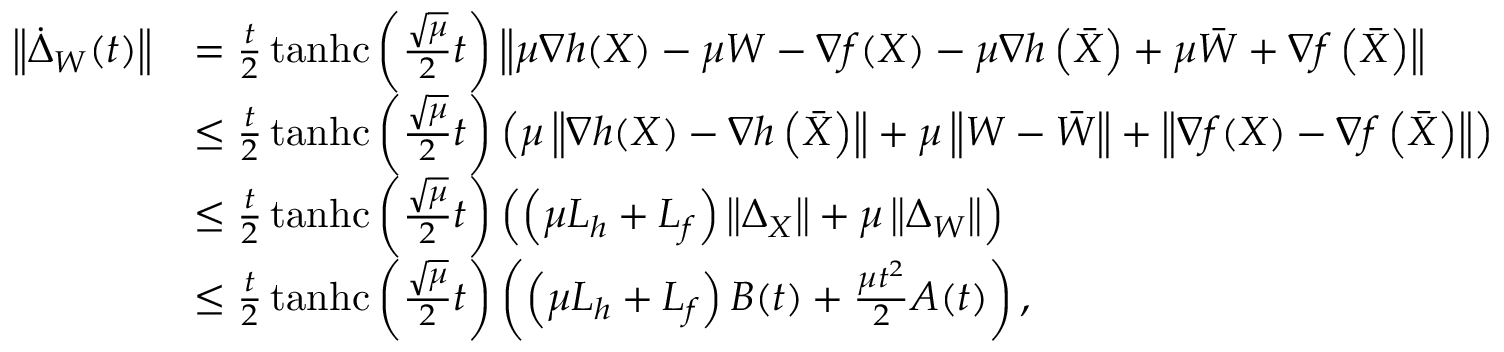
\begin{array} { r l } { \left\Vert \dot { \Delta } _ { W } ( t ) \right\Vert } & { = \frac { t } { 2 } \operatorname { t a n h c } \left( \frac { \sqrt { \mu } } { 2 } t \right) \left\Vert \mu \nabla h ( X ) - \mu W - \nabla f ( X ) - \mu \nabla h \left( \bar { X } \right) + \mu \bar { W } + \nabla f \left( \bar { X } \right) \right\Vert } \\ & { \leq \frac { t } { 2 } \operatorname { t a n h c } \left( \frac { \sqrt { \mu } } { 2 } t \right) \left( \mu \left\Vert \nabla h ( X ) - \nabla h \left( \bar { X } \right) \right\Vert + \mu \left\Vert W - \bar { W } \right\Vert + \left\Vert \nabla f ( X ) - \nabla f \left( \bar { X } \right) \right\Vert \right) } \\ & { \leq \frac { t } { 2 } \operatorname { t a n h c } \left( \frac { \sqrt { \mu } } { 2 } t \right) \left( \left( \mu L _ { h } + L _ { f } \right) \left\Vert \Delta _ { X } \right\Vert + \mu \left\Vert \Delta _ { W } \right\Vert \right) } \\ & { \leq \frac { t } { 2 } \operatorname { t a n h c } \left( \frac { \sqrt { \mu } } { 2 } t \right) \left( \left( \mu L _ { h } + L _ { f } \right) B ( t ) + \frac { \mu t ^ { 2 } } { 2 } A ( t ) \right) , } \end{array}